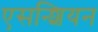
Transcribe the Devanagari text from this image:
एसन्शियन